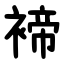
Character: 褅